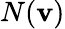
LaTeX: N(\mathbf{v})